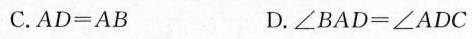
C.$$A D = A B$$ D.$$∠ B A D = ∠ A D C$$